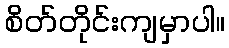
စိတ်တိုင်းကျမှာပါ။